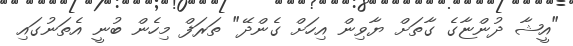
"އީޝާ ދުންޏާގެ ގާތަށް ޔާވިން އިހަށް ގެންދޭ" ތަރަފް މިހެން ބުނީ އެތަނުގައި